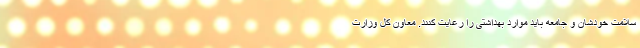
سلامت خودشان و جامعه باید موارد بهداشتی را رعایت کنند. معاون کل وزارت